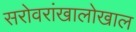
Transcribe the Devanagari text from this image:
सरोवरांखालोखाल